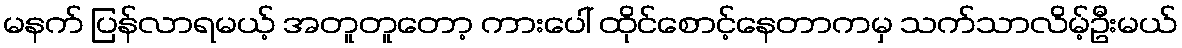
မနက် ပြန်လာရမယ့် အတူတူတော့ ကားပေါ် ထိုင်စောင့်နေတာကမှ သက်သာလိမ့်ဦးမယ်